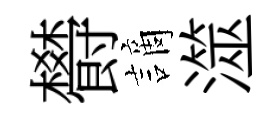
欎謫澨